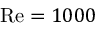
\mathrm { R e } = 1 0 0 0